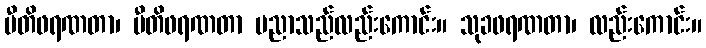
ပီတိဖရဏတာ၊ ပီတိဖရဏတာ ပညာသည်လည်းကောင်း။ သုခဖရဏတာ၊ လည်းကောင်း။